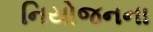
નિયોજનના